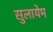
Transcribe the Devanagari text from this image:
सुलायेम